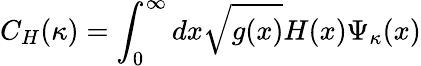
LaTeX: C_{H}(\kappa)=\int_{0}^{\infty}dx\sqrt{g(x)}H(x)\Psi_{\kappa}(x)